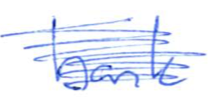
Text: bank
Cross-out: scratch
Writing tool: ballpoint